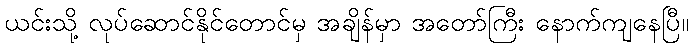
ယင်းသို့ လုပ်ဆောင်နိုင်တောင်မှ အချိန်မှာ အတော်ကြီး နောက်ကျနေပြီ။